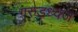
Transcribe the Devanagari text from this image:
गरुडध्वज